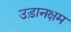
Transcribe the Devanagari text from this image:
उड़ानक्षम